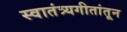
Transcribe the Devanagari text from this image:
स्वातंत्र्यगीतांतून